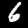
Digit: 6